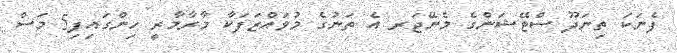
ފެނަކަ ތިނަދޫ ސްޓޭޝަންގެ މެނޭޖަރ އެ ތަނުގެ މުވައްޒަފަކާ މާރާމާރީ ހިންގައިފި5 މަސް